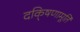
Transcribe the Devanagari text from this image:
दकि्षणामूर्ति